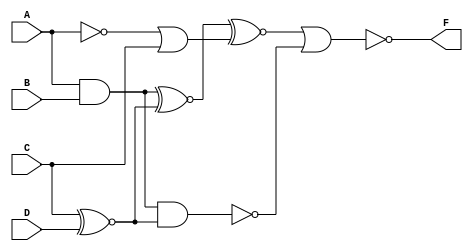
module Circuit1B (A,B,C,D,F);

input A,B,C,D;
output F;

assign F = (~(((A&B)^~(C^~D)^~(~A|C))|(~((A&B)&(C^~D)))));

endmodule